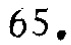
$65.$